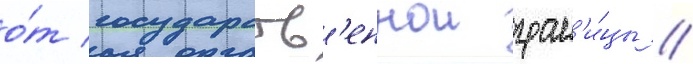
о́т государств'еннои гран'и́цы //